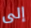
إلى